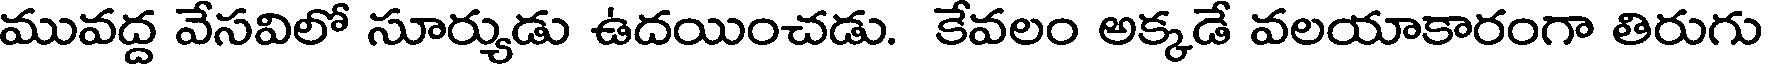
మువద్ద వేసవిలో సూర్యుడు ఉదయించడు. కేవలం అక్కడే వలయాకారంగా తిరుగు